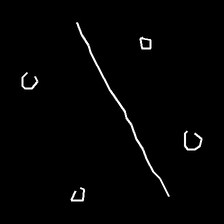
Glyph: cool